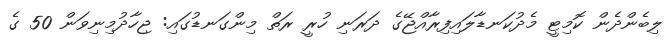
ލިބެންދެން ކޮމިޓީ މެދުކަނޑާލައިފިރާއްޖޭގެ ދަރަނި ހުރީ ރަތް މިންގަނޑުގައި: ޖިހާދުމިނިވަން 50 ގެ